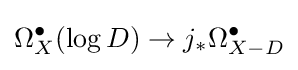
\Omega _{X}^{\bullet }(\log D)\rightarrow j_{*}\Omega _{X-D}^{\bullet }